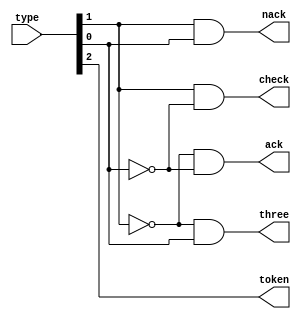
module type_check(input [2:0] type, output token, ack, nack, check, three);

   assign token = type[2];
   assign ack = (~type[1]) & (~type[0]);
   assign nack = type[1] & type[0];
   assign check = type[1] & ~type[0];
   assign three = ~type[1] & type[0];

endmodule